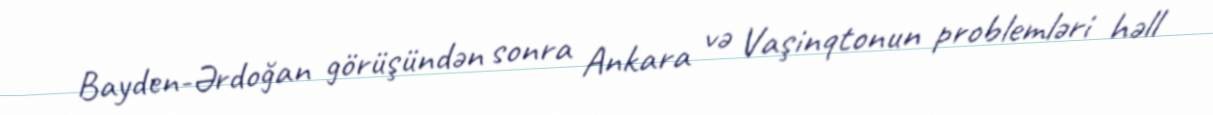
Bayden-Ərdoğan görüşündən sonra Ankara və Vaşinqtonun problemləri həll